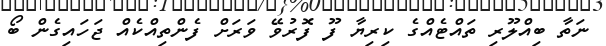
ނަތާ ބިއްލޫރި ތައްޓެއްގެ ކިރިޔާ ފޫ ފޮރުވޭ ވަރަށް ފެންތިއްކެއް ޖަހައިގެން ބޯ